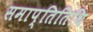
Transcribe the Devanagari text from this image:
समाप्तितिथि